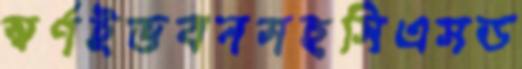
স্বর্ণইভবনসহসিএসড